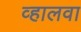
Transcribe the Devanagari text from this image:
व्हालवा